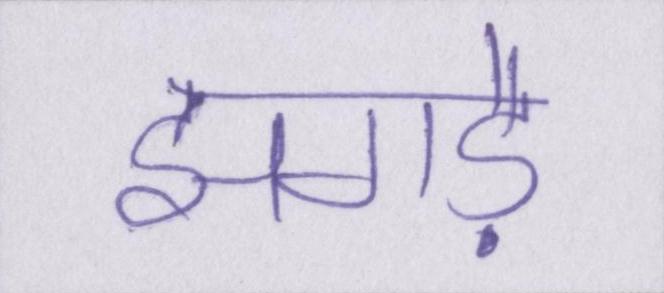
झगड़े